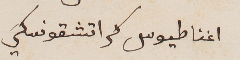
اغناطيوس كراتشقوفسكي